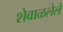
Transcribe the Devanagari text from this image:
शेवाळलेले